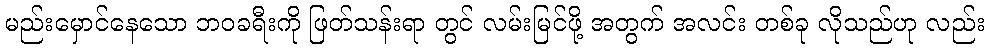
မည်းမှောင်နေသော ဘဝခရီးကို ဖြတ်သန်းရာ တွင် လမ်းမြင်ဖို့ အတွက် အလင်း တစ်ခု လိုသည်ဟု လည်း